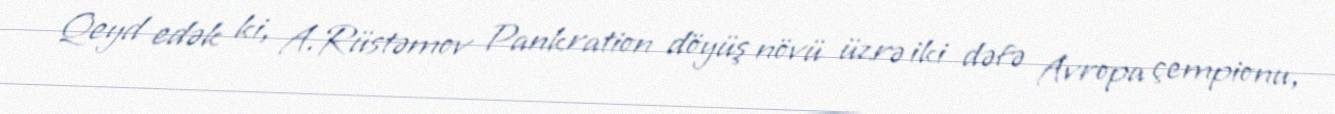
Qeyd edək ki, A.Rüstəmov Pankration döyüş növü üzrə iki dəfə Avropa çempionu,